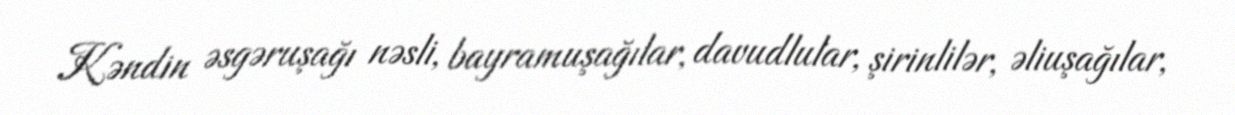
Kəndin əsgəruşağı nəsli, bayramuşağılar, davudlular, şirinlilər, əliuşağılar,